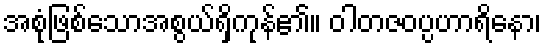
အစုံဖြစ်သောအစွယ်ရှိကုန်၏။ ဝါတဇဝပ္ပဟာရိနော၊